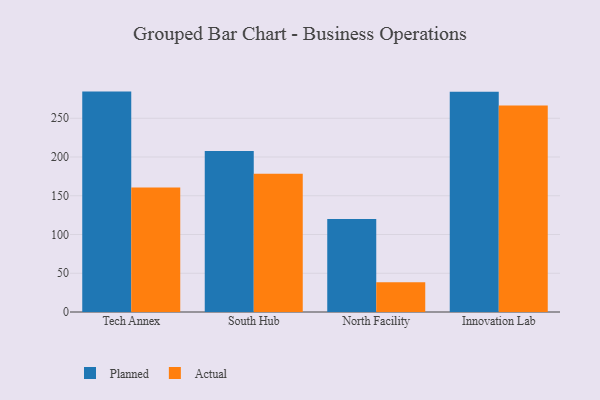
{"axis": {"x": "Campus", "y": "Net Income (USD K)"}, "legend": ["Actual", "Planned"], "data": [{"x": "Tech Annex", "y": 284.4, "type": "Planned"}, {"x": "Tech Annex", "y": 160.8, "type": "Actual"}, {"x": "South Hub", "y": 207.9, "type": "Planned"}, {"x": "South Hub", "y": 178.5, "type": "Actual"}, {"x": "North Facility", "y": 120.1, "type": "Planned"}, {"x": "North Facility", "y": 38.4, "type": "Actual"}, {"x": "Innovation Lab", "y": 284.1, "type": "Planned"}, {"x": "Innovation Lab", "y": 266.4, "type": "Actual"}]}